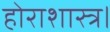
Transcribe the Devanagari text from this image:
होराशास्त्र।